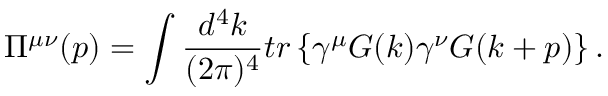
\Pi ^ { \mu \nu } ( p ) = \int \frac { d ^ { 4 } k } { ( 2 \pi ) ^ { 4 } } t r \left\{ \gamma ^ { \mu } G ( k ) \gamma ^ { \nu } G ( k + p ) \right\} .